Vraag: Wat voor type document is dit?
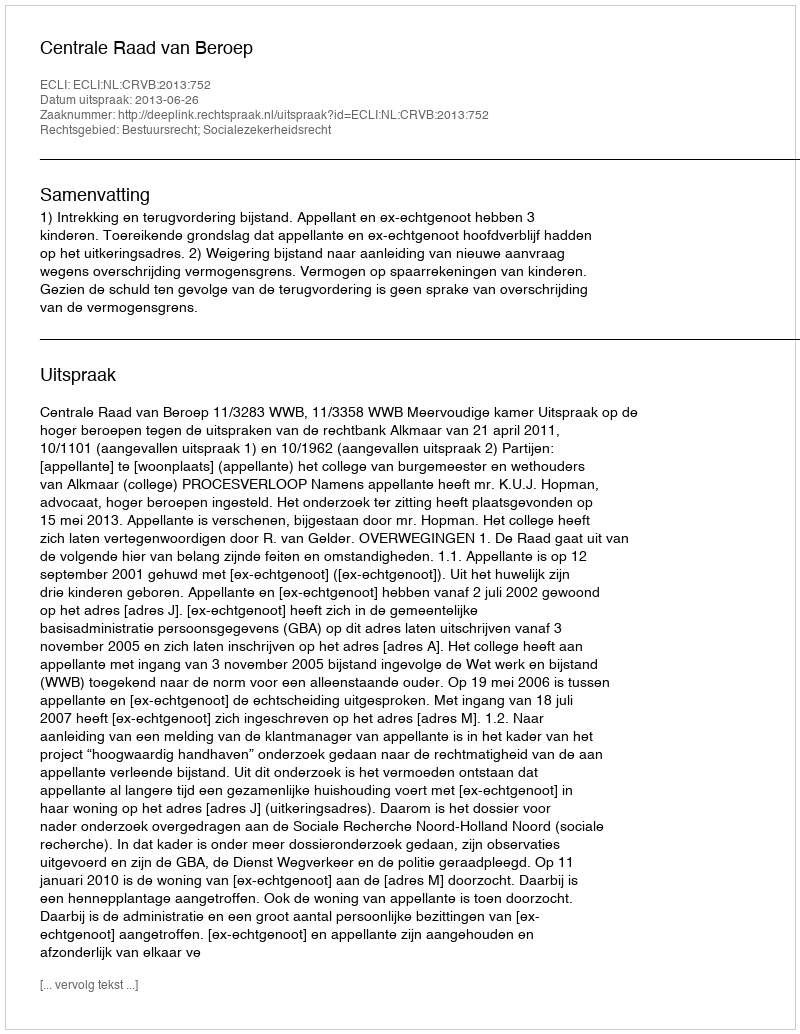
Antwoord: Uitspraak